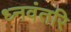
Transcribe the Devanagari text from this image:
ध्नवंतरि